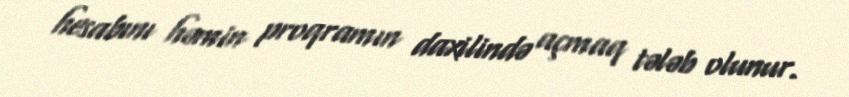
hesabını həmin proqramın daxilində açmaq tələb olunur.